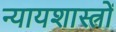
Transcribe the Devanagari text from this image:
न्यायशास्त्रों